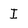
Character: I